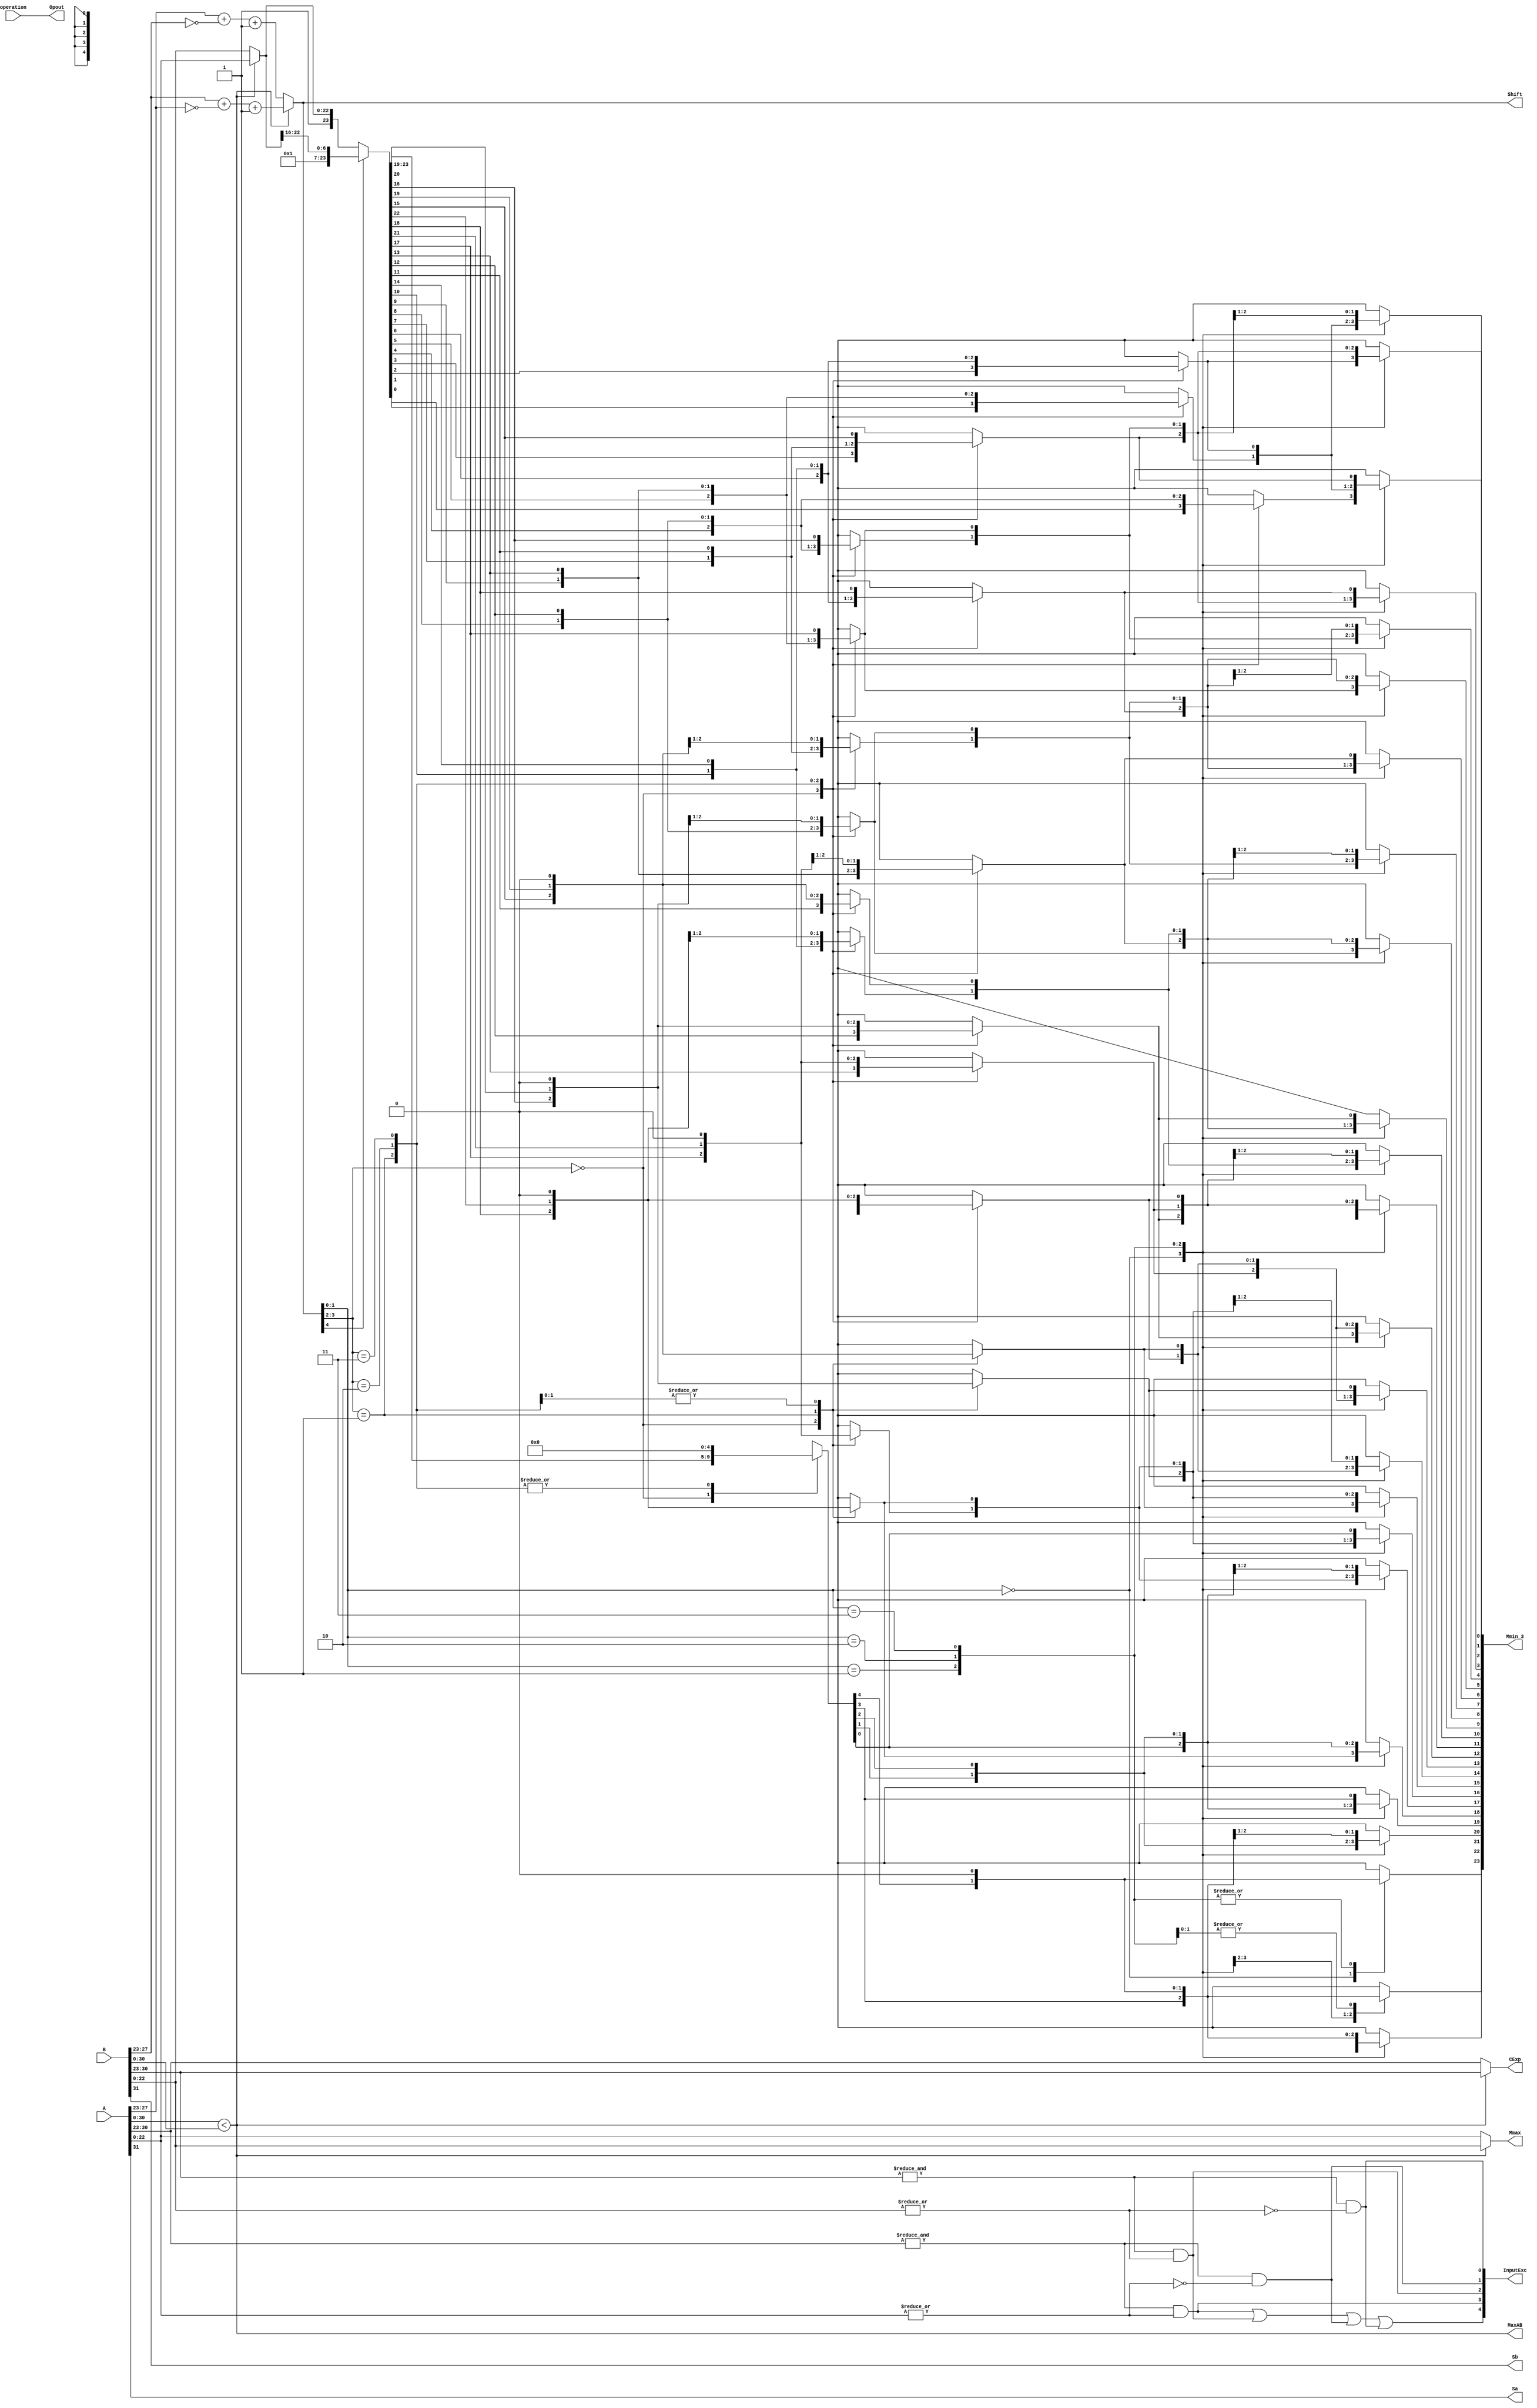
`timescale 1ns / 1ps
// Prealign + Align + Shift 1 + Shift 2
module FPAddSub_a(
		A,
		B,
		operation,
		Opout,
		Sa,
		Sb,
		MaxAB,
		CExp,
		Shift,
		Mmax,
		InputExc,
		Mmin_3
		
		
	);
	
	// Input ports
	input [31:0] A ;										// Input A, a 32-bit floating point number
	input [31:0] B ;										// Input B, a 32-bit floating point number
	input operation ;
	
	//output ports
	output Opout;
	output Sa;
	output Sb;
	output MaxAB;
	output [7:0] CExp;
	output [4:0] Shift;
	output [22:0] Mmax;
	output [4:0] InputExc;
	output [23:0] Mmin_3;	
							
	wire [9:0] ShiftDet ;							
	wire [30:0] Aout ;
	wire [30:0] Bout ;
	

	// Internal signals									// If signal is high...
	wire ANaN ;												// A is a NaN (Not-a-Number)
	wire BNaN ;												// B is a NaN
	wire AInf ;												// A is infinity
	wire BInf ;												// B is infinity
	wire [7:0] DAB ;										// ExpA - ExpB					
	wire [7:0] DBA ;										// ExpB - ExpA	
	
	assign ANaN = &(A[30:23]) & |(A[22:0]) ;		// All one exponent and not all zero mantissa - NaN
	assign BNaN = &(B[30:23]) & |(B[22:0]);		// All one exponent and not all zero mantissa - NaN
	assign AInf = &(A[30:23]) & ~|(A[22:0]) ;	// All one exponent and all zero mantissa - Infinity
	assign BInf = &(B[30:23]) & ~|(B[22:0]) ;	// All one exponent and all zero mantissa - Infinity
	
	// Put all flags into exception vector
	assign InputExc = {(ANaN | BNaN | AInf | BInf), ANaN, BNaN, AInf, BInf} ;
	
	//assign DAB = (A[30:23] - B[30:23]) ;
	//assign DBA = (B[30:23] - A[30:23]) ;
	`ifndef SYNTHESIS_
  assign DAB = (A[30:23] + ~(B[30:23]) + 1) ;
	assign DBA = (B[30:23] + ~(A[30:23]) + 1) ;
  `else
  DW01_add #(8) u_add1(.A(A[30:23]), .B(~(B[30:23])), .CI(1'b1), .SUM(DAB), .CO());
  DW01_add #(8) u_add2(.A(B[30:23]), .B(~(A[30:23])), .CI(1'b1), .SUM(DBA), .CO());
	`endif

	assign Sa = A[31] ;									// A's sign bit
	assign Sb = B[31] ;									// B's sign	bit
	assign ShiftDet = {DBA[4:0], DAB[4:0]} ;		// Shift data
	assign Opout = operation ;
	assign Aout = A[30:0] ;
	assign Bout = B[30:0] ;

/////////////////////////////////////////////////////////////////////////////////////////////////////////////
	// Output ports
													// Number of steps to smaller mantissa shift right
	wire [22:0] Mmin_1 ;							// Smaller mantissa 
	
	// Internal signals
	//wire BOF ;										// Check for shifting overflow if B is larger
	//wire AOF ;										// Check for shifting overflow if A is larger
	
	assign MaxAB = (Aout[30:0] < Bout[30:0]) ;	
	//assign BOF = ShiftDet[9:5] < 25 ;		// Cannot shift more than 25 bits
	//assign AOF = ShiftDet[4:0] < 25 ;		// Cannot shift more than 25 bits
	
	// Determine final shift value
	//assign Shift = MaxAB ? (BOF ? ShiftDet[9:5] : 5'b11001) : (AOF ? ShiftDet[4:0] : 5'b11001) ;
	
	assign Shift = MaxAB ? ShiftDet[9:5] : ShiftDet[4:0] ;
	
	// Take out smaller mantissa and append shift space
	assign Mmin_1 = MaxAB ? Aout[22:0] : Bout[22:0] ; 
	
	// Take out larger mantissa	
	assign Mmax = MaxAB ? Bout[22:0]: Aout[22:0] ;	
	
	// Common exponent
	assign CExp = (MaxAB ? Bout[30:23] : Aout[30:23]) ;	

// Input ports
					// Smaller mantissa after 16|12|8|4 shift
	wire [2:0] Shift_1 ;						// Shift amount
	
	assign Shift_1 = Shift [4:2];

	wire [23:0] Mmin_2 ;						// The smaller mantissa
	
	// Internal signals
	reg	  [23:0]		Lvl1;
	reg	  [23:0]		Lvl2;
	wire    [47:0]    Stage1;	
	integer           i;                // Loop variable
	
	always @(*) begin						
		// Rotate by 16?
		Lvl1 <= Shift_1[2] ? {17'b00000000000000001, Mmin_1[22:16]} : {1'b1, Mmin_1}; 
	end
	
	assign Stage1 = {Lvl1, Lvl1};
	
	always @(*) begin    					// Rotate {0 | 4 | 8 | 12} bits
	  case (Shift_1[1:0])
			// Rotate by 0	
			2'b00:  Lvl2 <= Stage1[23:0];       			
			// Rotate by 4	
			2'b01:  begin for (i=0; i<=23; i=i+1) begin Lvl2[i] <= Stage1[i+4]; end Lvl2[23:19] <= 0; end
			// Rotate by 8
			2'b10:  begin for (i=0; i<=23; i=i+1) begin Lvl2[i] <= Stage1[i+8]; end Lvl2[23:15] <= 0; end
			// Rotate by 12	
			2'b11:  begin for (i=0; i<=23; i=i+1) begin Lvl2[i] <= Stage1[i+12]; end Lvl2[23:11] <= 0; end
	  endcase
	end
	
	// Assign output to next shift stage
	assign Mmin_2 = Lvl2;
								// Smaller mantissa after 16|12|8|4 shift
	wire [1:0] Shift_2 ;						// Shift amount
	
	assign Shift_2 =Shift  [1:0] ;
					// The smaller mantissa
	
	// Internal Signal
	reg	  [23:0]		Lvl3;
	wire    [47:0]    Stage2;	
	integer           j;               // Loop variable
	
	assign Stage2 = {Mmin_2, Mmin_2};

	always @(*) begin    // Rotate {0 | 1 | 2 | 3} bits
	  case (Shift_2[1:0])
			// Rotate by 0
			2'b00:  Lvl3 <= Stage2[23:0];   
			// Rotate by 1
			2'b01:  begin for (j=0; j<=23; j=j+1)  begin Lvl3[j] <= Stage2[j+1]; end Lvl3[23] <= 0; end 
			// Rotate by 2
			2'b10:  begin for (j=0; j<=23; j=j+1)  begin Lvl3[j] <= Stage2[j+2]; end Lvl3[23:22] <= 0; end 
			// Rotate by 3
			2'b11:  begin for (j=0; j<=23; j=j+1)  begin Lvl3[j] <= Stage2[j+3]; end Lvl3[23:21] <= 0; end 	  
	  endcase
	end
	
	// Assign output
	assign Mmin_3 = Lvl3;	

	
endmodule